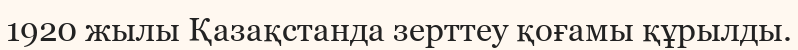
1920 жылы Қазақстанда зерттеу қоғамы құрылды.